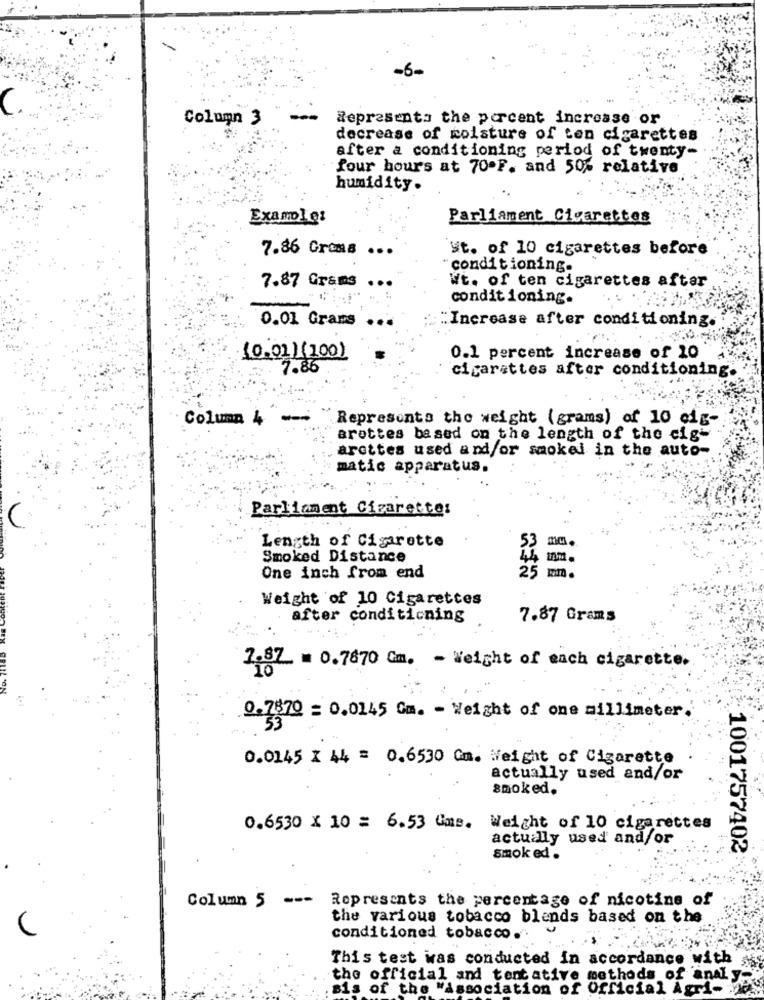
-6-
C.
Column 3
Represents the percent increase or
decrease of moisture of ten cigarettes
after a conditioning period of twenty-
four hours at 70ºF. and 50% relative
humidity.
Example:
Parliament Cigarettes
St. of 10 cigarettes before
7.86 Groms ...
-conditioning.
Wt. of ten cigarettes after
7.87 Grans
conditioning.
0.01 Grams
"Increase after conditioning.
(0.011(100)
0.1 percent increase of 10
7.86
cigarettes after conditioning.
Column 4
Represents the weight (grams) of 10 cig-
arettes based on the length of the cig-
arettes used and/or smokel in the auto-
matic apparatus.
Parliament Cigarette:
Length of Cigarette
53
Smoked Distance
mm.
One inch from end
25 mm.
Weight of 10 Cigarettes
after conditioning
7.87 Grams
2.87 = 0.7870 Cm. - Weight of each cigarette.
0.7579 = 0.0145 Cm. - Weight of one millimeter.
0.0145 X 44 = 0.6530 Cm. Weight of Cigarette
actually used and/or
smoked.
0.6530 X 10 = 6.53 Cms. Weight of 10 cigarettes
actually used and/or
1001757402
smok ed .
Column 5
---
Represents the percentage of nicotine of
the various tobacco blends based on the
conditioned tobacco.".
This test was conducted In accordance with sis
the official and tentative methods of analy
Bis of the "Association of Official Agri- vey